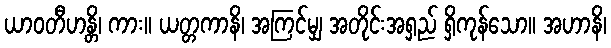
ယာဝတီဟန္တိ၊ ကား။ ယတ္တကာနိ၊ အကြင်မျှ အတိုင်းအရှည် ရှိကုန်သော။ အဟာနိ၊